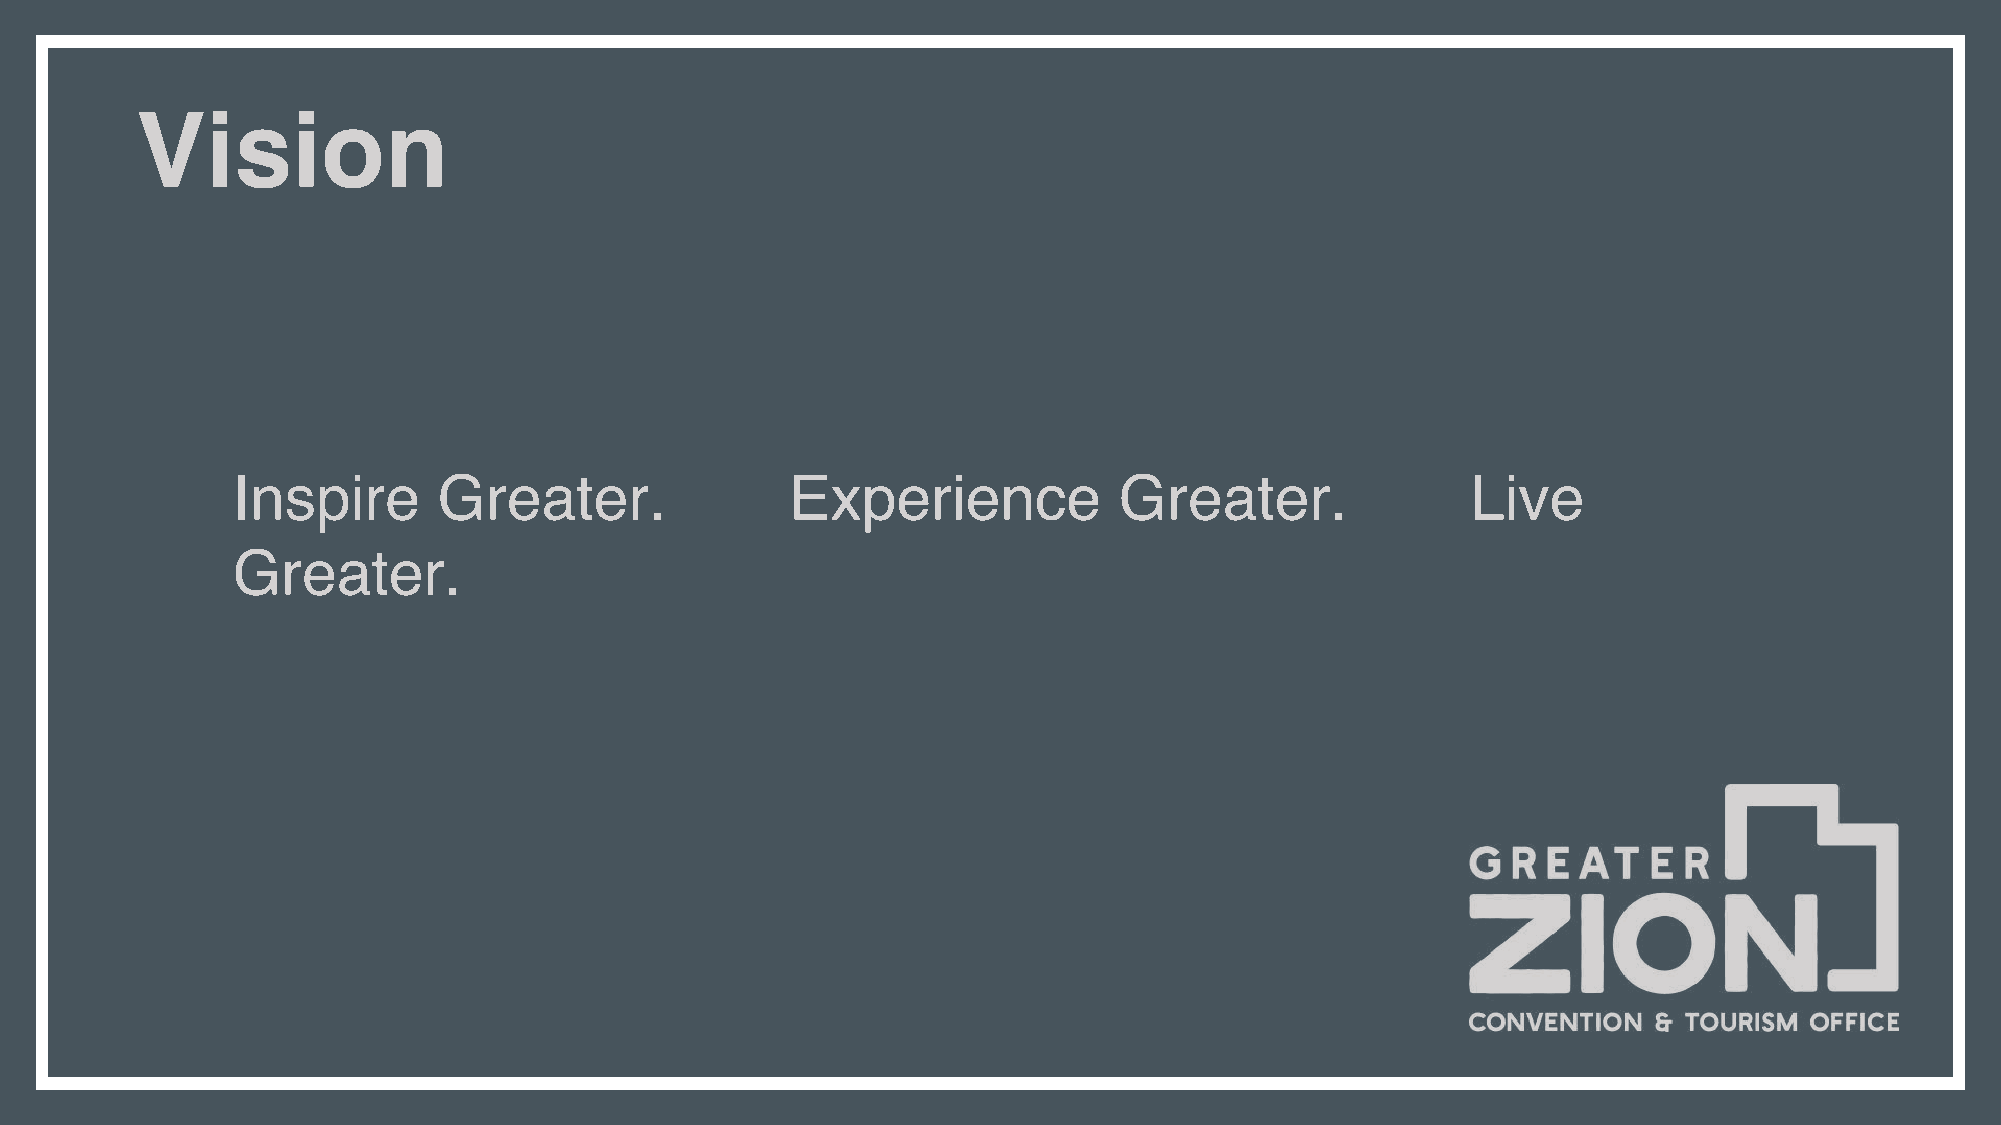
Vision
 Inspire       Greater.               Experience            Greater.               Live
 Greater.